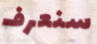
سنعرف